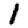
Digit: 1